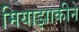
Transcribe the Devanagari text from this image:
मियाझाकीने